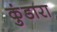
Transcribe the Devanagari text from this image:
कुंडारा